Reports on dispensaries and lunatic asylums in the Province of Oudh - 1869-1876
Year: 1869
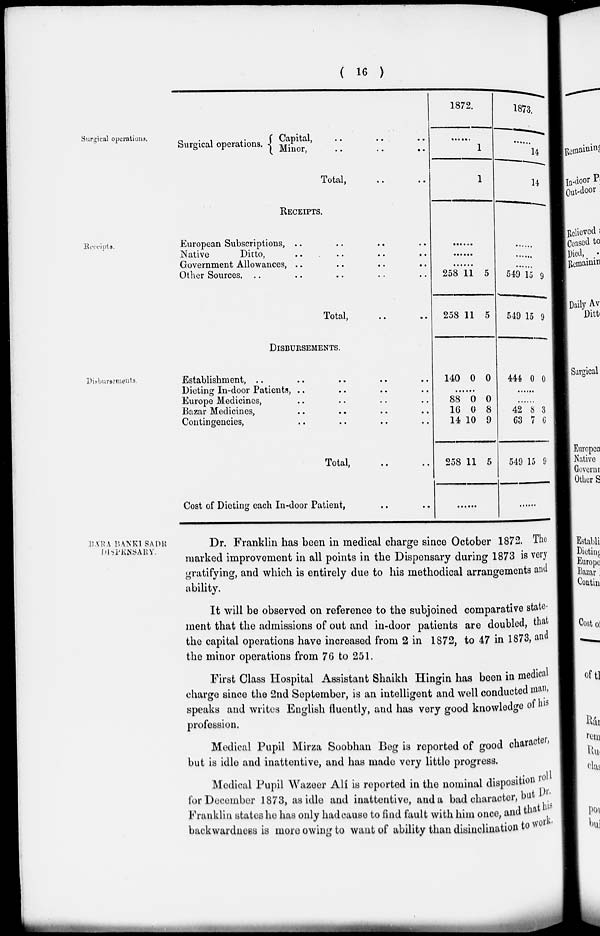
( 16 )
Surgical operations.
Surgical operations.
Capital, .. .. ..
Minor,
..
..
..
Total, .. ..
1872.
......
1
1
1873.
......
14
14
Receipts.
RECEIPTS.
European Subscriptions, .. .. .. ..
Native
Ditto, .. .. .. ..
Government Allowances, .. .. .. ..
Other Sources. .. .. .. .. ..
Total, .. .. .. ..
......
......
......
258
258
11
11
5
5
......
......
......
549
549
15
15
9
9
Disbursements.
DISBURSEMENTS.
Establishment, .. .. .. .. ..
Dieting In-door Patients, .. .. .. .. ..
Europe Medicines, .. .. .. .. ..
Bazar Medicines, .. .. .. .. ..
Contingencies, .. .. .. .. ..
Total, .. ..
Cost of Dieting each In-door Patient, .. ..
140 0 0
......
88
16
14
258
0
0
10
11
0
8
9
5
......
444 0 0
......
......
42
63
549
8
7
15
3
6
9
......
BARA BANKI SADR
DISPENSARY.
Dr. Franklin has been in medical charge since October 1872. The
marked improvement in all points in the Dispensary during 1873 is very
gratifying, and which is entirely due to his methodical arrangements and
ability.
It will be observed on reference to the subjoined comparative state-
ment that the admissions of out and in-door patients are doubled, that
the capital operations have increased from 2 in 1872, to 47 in 1873, and
the minor operations from 76 to 251.
First Class Hospital Assistant Shaikh Hingin has been in medical
charge since the 2nd September, is an intelligent and well conducted man,
speaks and writes English fluently, and has very good knowledge of his
profession.
Medical Pupil Mirza Soobhan Beg is reported of good character,
but is idle and inattentive, and has made very little progress.
Medical Pupil Wazeer Alí is reported in the nominal disposition roll
for December 1873, as idle and inattentive, and a bad character, but Dr.
Franklin states he has only had cause to find fault with him once, and that his
backwardness is more owing to want of ability than disinclination to work.